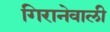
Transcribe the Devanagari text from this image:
गिरानेवाली